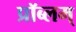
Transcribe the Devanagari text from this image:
प्रॉब्लम्